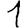
Digit: 1